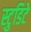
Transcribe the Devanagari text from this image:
स्टुडिटे